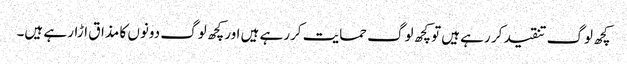
کچھ لوگ تنقید کر رہے ہیں توکچھ لوگ حمایت کررہے ہیں اورکچھ لوگ دونوں کا مذاق اڑار ہے ہیں۔